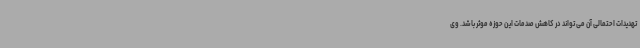
تهدیدات احتمالی آن می تواند در کاهش صدمات این حوزه موثر باشد. وی